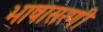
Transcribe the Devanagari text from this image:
भाषासरणी